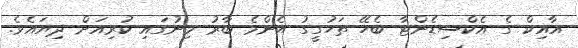
އާއިކް ގެ އެކްސިޑެންޓާ ބެހޭ ތަހުގީގު އެންމެ ބާރު މިނުގައި ކުރިއަށް ދިޔައެވެ.